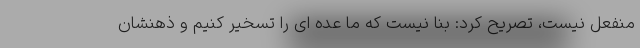
منفعل نیست، تصریح کرد: بنا نیست که ما عده ای را تسخیر کنیم و ذهنشان